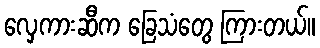
လှေကားဆီက ခြေသံတွေ ကြားတယ်။